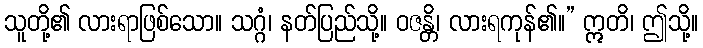
သူတို့၏ လားရာဖြစ်သော။ သဂ္ဂံ၊ နတ်ပြည်သို့။ ဝဇန္တိ၊ လားရကုန်၏။” ဣတိ၊ ဤသို့။